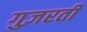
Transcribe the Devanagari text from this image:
गुज़रतीं